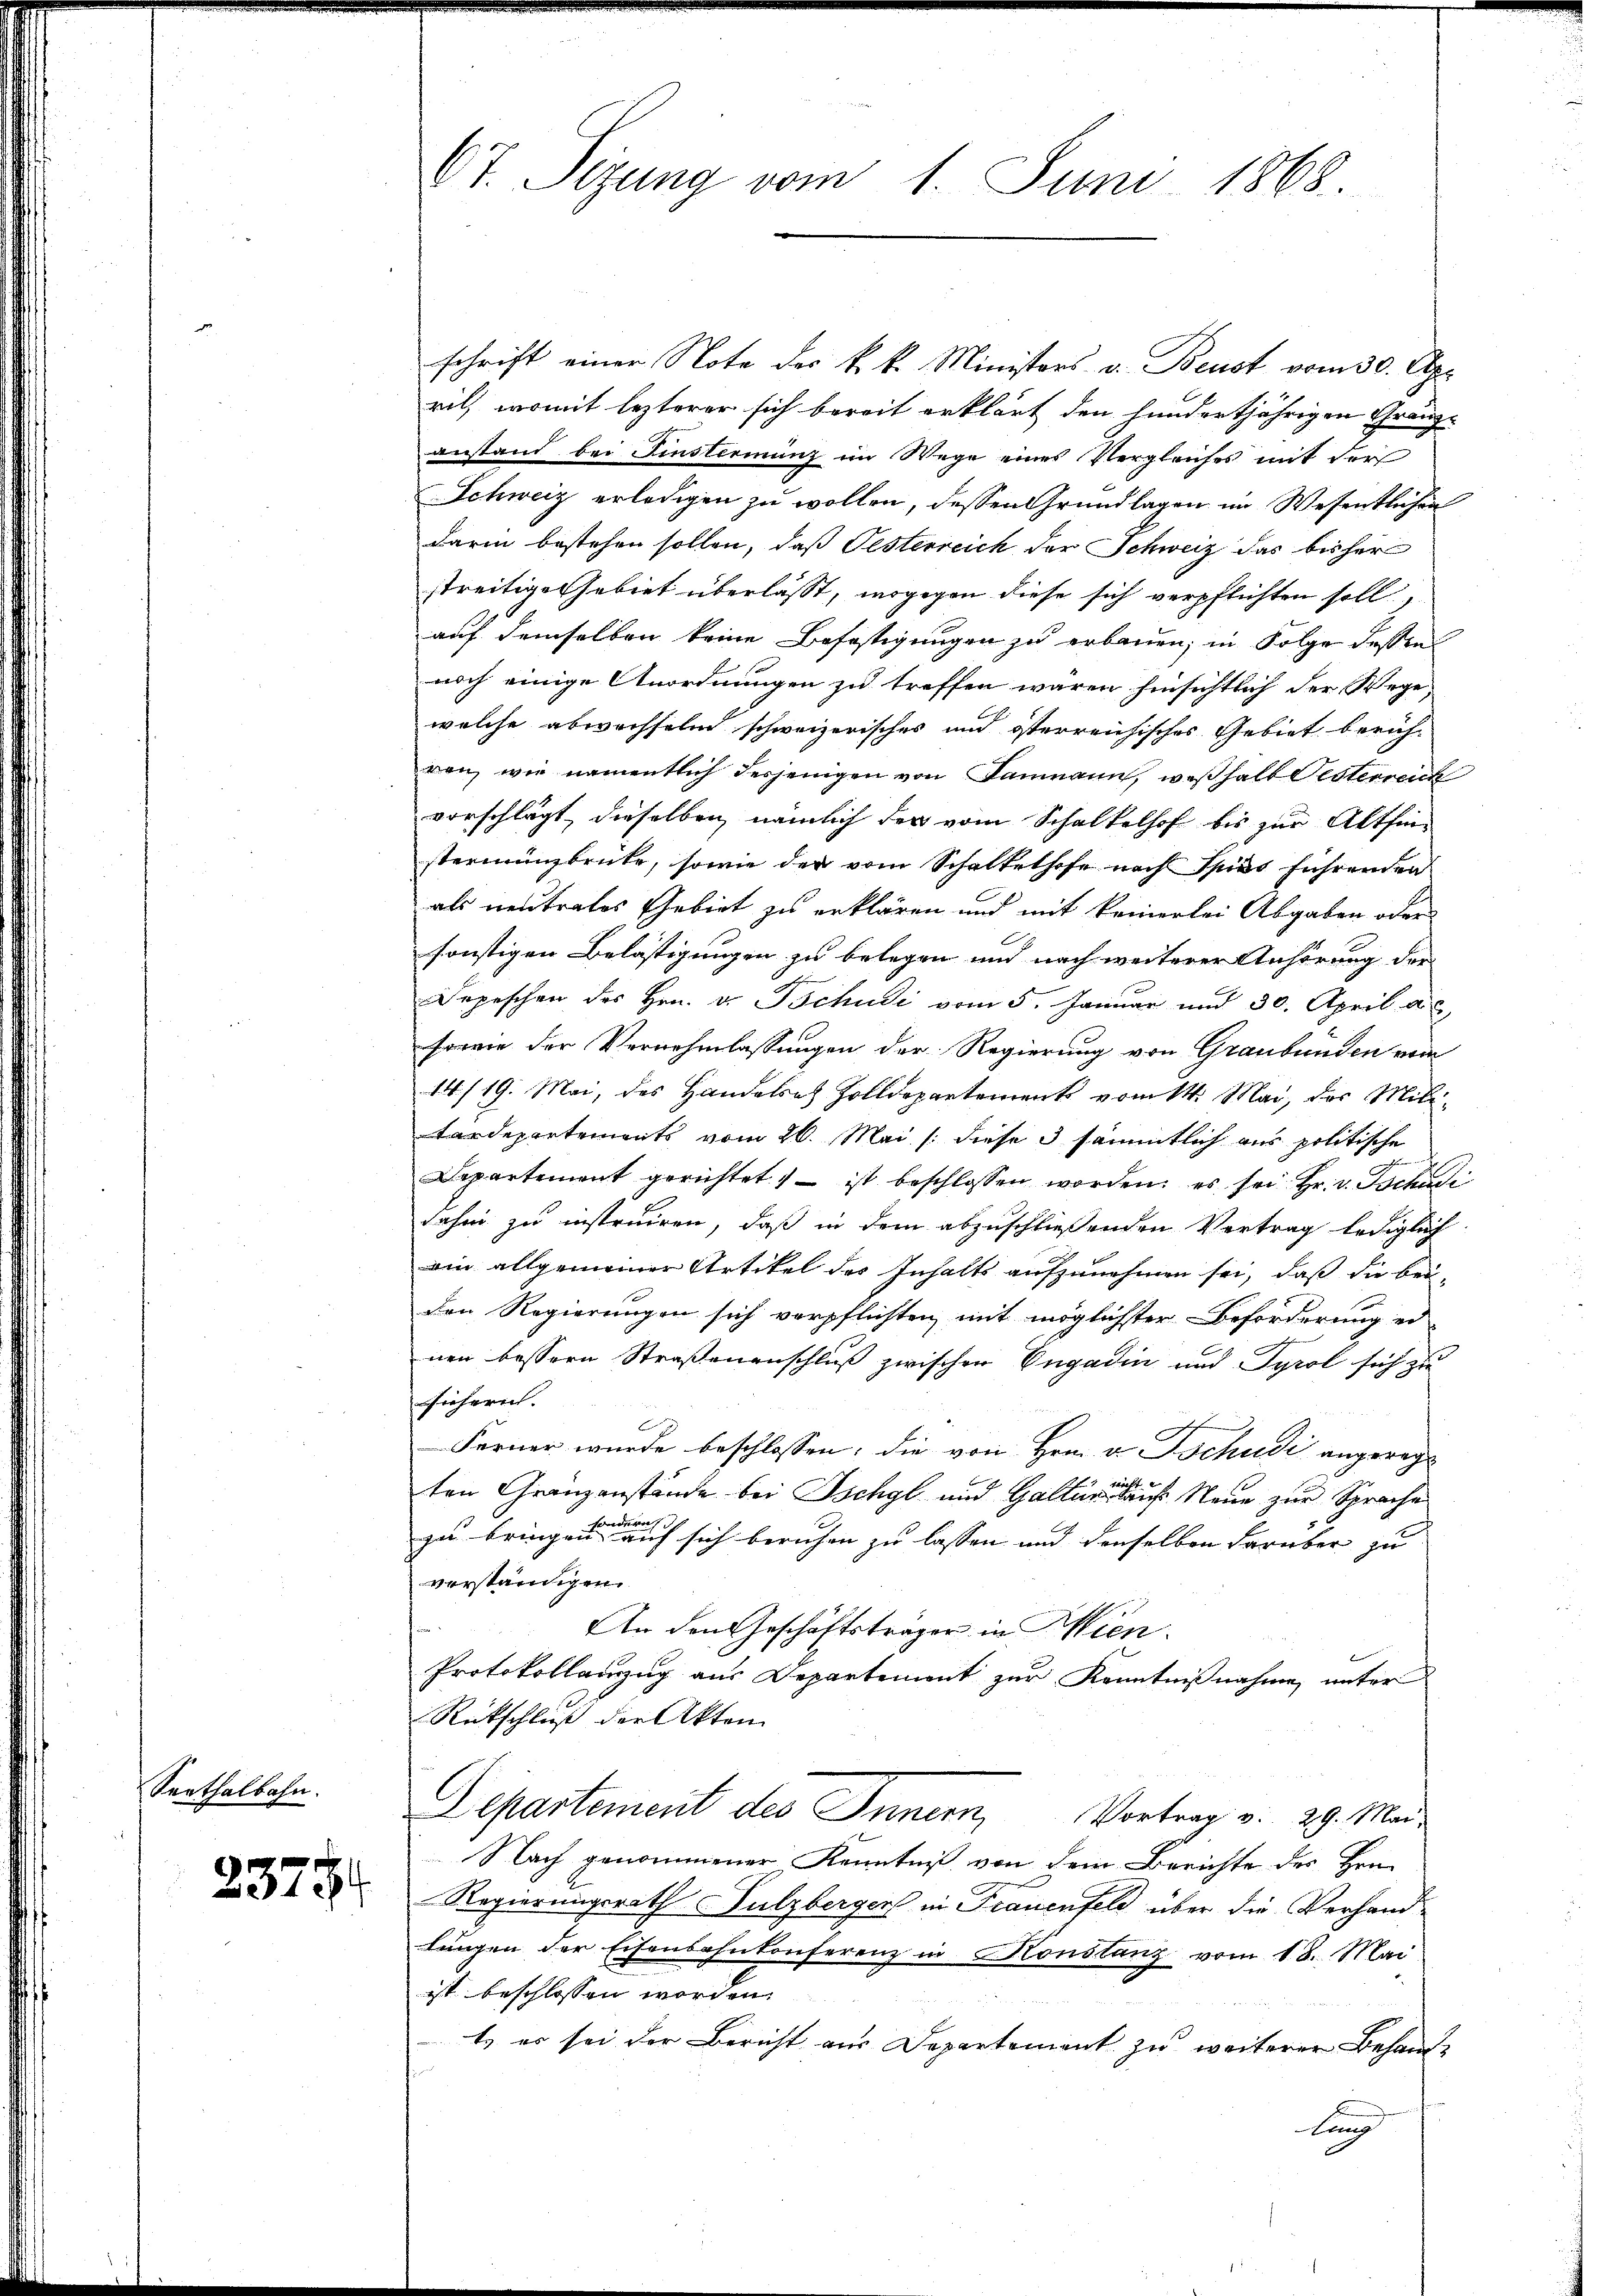
Serthalbahn.

2375.

Ot. Sizung vom 1. Juni 1868.

schrift einer Note des k. k. Ministors v. Beust vom 30. Apr
ril, womit lezterer sich bereit erklärt den hundertjährigen Gränzanstand bei Finstermung im Wege eines Vergleiches mit der
Schweiz erledigen zu wollen, dessen Grundlagen im Wesentlichen
darin bestehen sollen, daß Pesterreich der Schweiz das bisher
streitige Gebiet überlässt, wogegen diese sich verpflichten soll,
auf demselben keine Befestigungen zu erbauen, in Folge dessen
noch einige Anordnungen zu treffen wären hinsichtlich der Wege,
welche abwechselm schweizerisches und österreichisches Gebiet berichvon, wie namentlich derjenigen von Baumann, weshalt Gesterreich
vorschlägt, dieselben nämlich der vom Schalkelhof bis zur Althinstermingbrüte, sowie der vom Schaltelhofe nach Spies führenden
als neutrales Gebiet zu erklären und mit keinerlei Abgaben oder
sonstigen Belästigungen zu belegen und nach weiterer Anhörung der
Depeschen des Hrn. v. Tschudi vom 5. Januar und 30. April a. c
Forme der Vernehmlassungen der Regierung von Graubünden vom
14/19. Mai, das Handelsatz Zolldepartement vom 14. Mai, der Militardepartements vom 26. Mai /: diese 3 sämmtlich aus politische
Departement gerichtet ist beschlossen worden; es sei Hr. v. Tschudi
dahin zu instruiren, daß in dem abzuschließenden Vertrag lediglich
ain allgemeiner Artikel des Inhalts aufzunehmen sei, daß die bei-
den Regierungen sich verpflichten mit möglichster Beförderung er-
nen bessern Straßenenschluß zwischen Engadin und Tyrol sich zu
sicherich.
Ferner wurde beschlossen, die von Hrn. v. Tschudi angereg
Si le
ten Granzanstände bei Ischgl und Galler aus Neue zur Sprache
zu bringen einen auch sich beruhen zu lassen und denselben darüber zu
verständigen.
An den Geschäftsträger in Wien.
Protokollanzug aus Departement zur Kenntnißnahme unter
Rückschluß der Akten
Departement des Innern, Vortrag v. 29. Mai
Nach genommener Kenntniß von dem Berichte des Hrn.
Regierungsrath Sulzbergers in Frauenfeld über die Verhandlungen der Eisenbahnkonferenz in Honstanz vom 18. Mai
ist beschlossen worden.
t es sei der Bericht aus Departement zu weiterer Behandlung